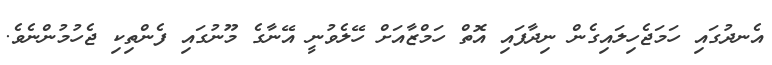
އެނދުގައި ހަމަޖެހިލައިގެން ނިދާފައި އޮތް ހަމްޒާއަށް ހޭލެވުނީ އޭނާގެ މޫނުގައި ފެންތިކި ޖެހުމުންނެވެ.